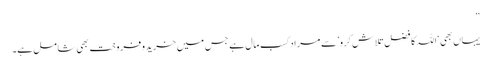
”
یہاں بھی ‘اللہ کا فضل تلاش کرو’ سے مراد کسب ِمال ہے جس میں خرید وفروخت بھی شامل ہے۔